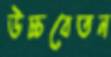
উচ্চবেতন